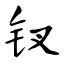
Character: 钗